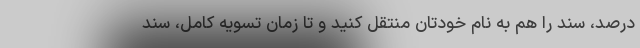
درصد، سند را هم به نام خودتان منتقل کنید و تا زمان تسویه کامل، سند